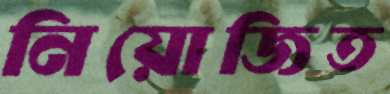
নিয়োজিত